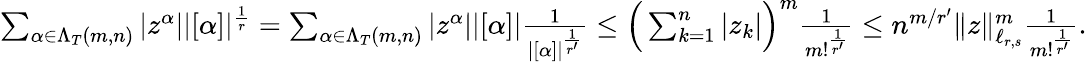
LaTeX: \begin{array}{r}{\sum_{\alpha\in\Lambda_{T}(m,n)}|z^{\alpha}||[\alpha]|^{\frac{1}{r}}=\sum_{\alpha\in\Lambda_{T}(m,n)}|z^{\alpha}||[\alpha]|\frac{1}{|[\alpha]|^{\frac{1}{r^{\prime}}}}\le\Big(\sum_{k=1}^{n}|z_{k}|\Big)^{m}\frac{1}{m!^{\frac{1}{r^{\prime}}}}\le n^{m/r^{\prime}}\| z\| _{\ell_{r,s}}^{m}\frac{1}{m!^{\frac{1}{r^{\prime}}}}.}\end{array}